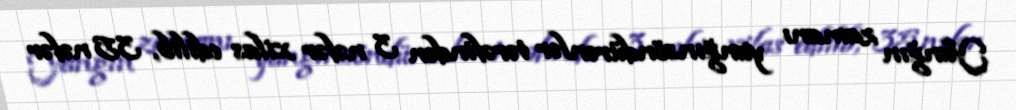
Yanğın zamanı yanğınsöndürənlər tərəfindən 3 nəfər xilas edilib, 35 nəfər